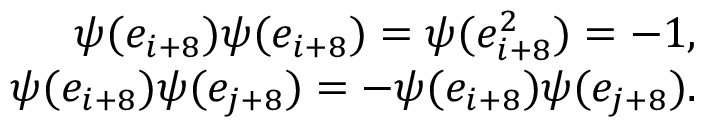
\begin{array} { r } { \psi ( e _ { i + 8 } ) \psi ( e _ { i + 8 } ) = \psi ( e _ { i + 8 } ^ { 2 } ) = - 1 , } \\ { \psi ( e _ { i + 8 } ) \psi ( e _ { j + 8 } ) = - \psi ( e _ { i + 8 } ) \psi ( e _ { j + 8 } ) . } \end{array}